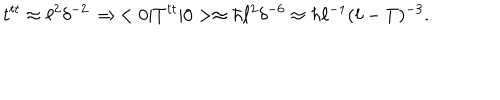
t ^ { t t } \approx \ell ^ { 2 } \delta ^ { - 2 } \, \Rightarrow \, < 0 | T ^ { t t } | 0 > \approx \hbar \ell ^ { 2 } \delta ^ { - 6 } \approx \hbar \ell ^ { - 1 } ( \ell - T ) ^ { - 3 } .